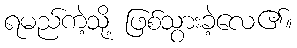
ရမည်ကဲ့သို့ ဖြစ်သွားခဲ့လေ၏။